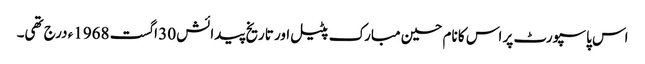
اس پاسپورٹ پر اس کا نام حسین مبارک پٹیل اور تاریخ پیدائش 30 اگست 1968ء درج تھی۔